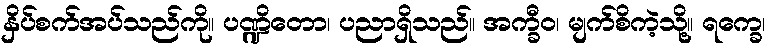
နှိပ်စက်အပ်သည်ကို။ ပဏ္ဍိတော၊ ပညာရှိသည်။ အက္ခီဝ၊ မျက်စိကဲ့သို့။ ရက္ခေ၊